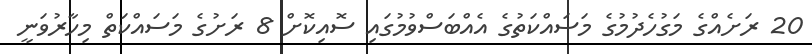
20 ރަށެއްގެ މަގުހެދުމުގެ މަސައްކަތުގެ އެއްބަސްވުމުގައި ސޮއިކޮށް 8 ރަށުގެ މަސައްކަތް މިހާރުވަނީ